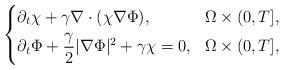
LaTeX: \begin{align*} \left\{\begin{aligned} & \partial_t\chi+\gamma\nabla\cdot(\chi\nabla\Phi), & \Omega\times(0,T], \\ & \partial_t\Phi+\frac{\gamma}{2}\lvert\nabla\Phi\rvert^2+\gamma\chi=0, & \Omega\times(0,T], \end{aligned}\right.\end{align*}